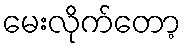
မေးလိုက်တော့